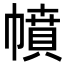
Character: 幩